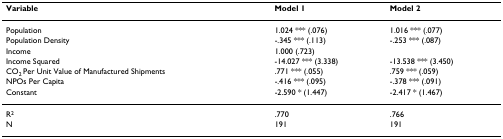
| Variable | Model 1 | Model 2 |
 | --- | --- | --- |
 | Population | 1.024 *** (.076) | 1.016 *** (.077) |
 | Population Density | -.345 *** (.113) | -.253 *** (.087) |
 | Income | 1.000 (.723) |  |
 | Income Squared | -14.027 *** (3.338) | -13.538 *** (3.450) |
 | CO2 Per Unit Value of Manufactured Shipments | .771 *** (.055) | .759 *** (.059) |
 | NPOs Per Capita | -.416 *** (.095) | -.378 *** (.091) |
 | Constant | -2.590 * (1.447) | -2.417 * (1.467) |
 | R2 | .770 | .766 |
 | N | 191 | 191 |